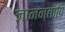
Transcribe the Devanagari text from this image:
जानन्तापि